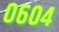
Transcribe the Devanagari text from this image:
०६०४